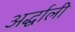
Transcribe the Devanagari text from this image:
अर्द्धाली